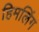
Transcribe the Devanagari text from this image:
हिमलिंग